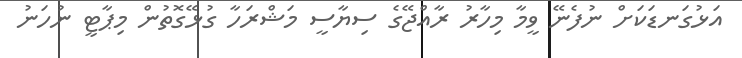
އަޅުގަނޑަކަށް ނުފެނޭ ވީމާ މިހާރު ރާއްޖޭގެ ސިޔާސީ މަޝްރަހާ ގުޅޭގޮތުން މިޕާޓީ ނުހަނު